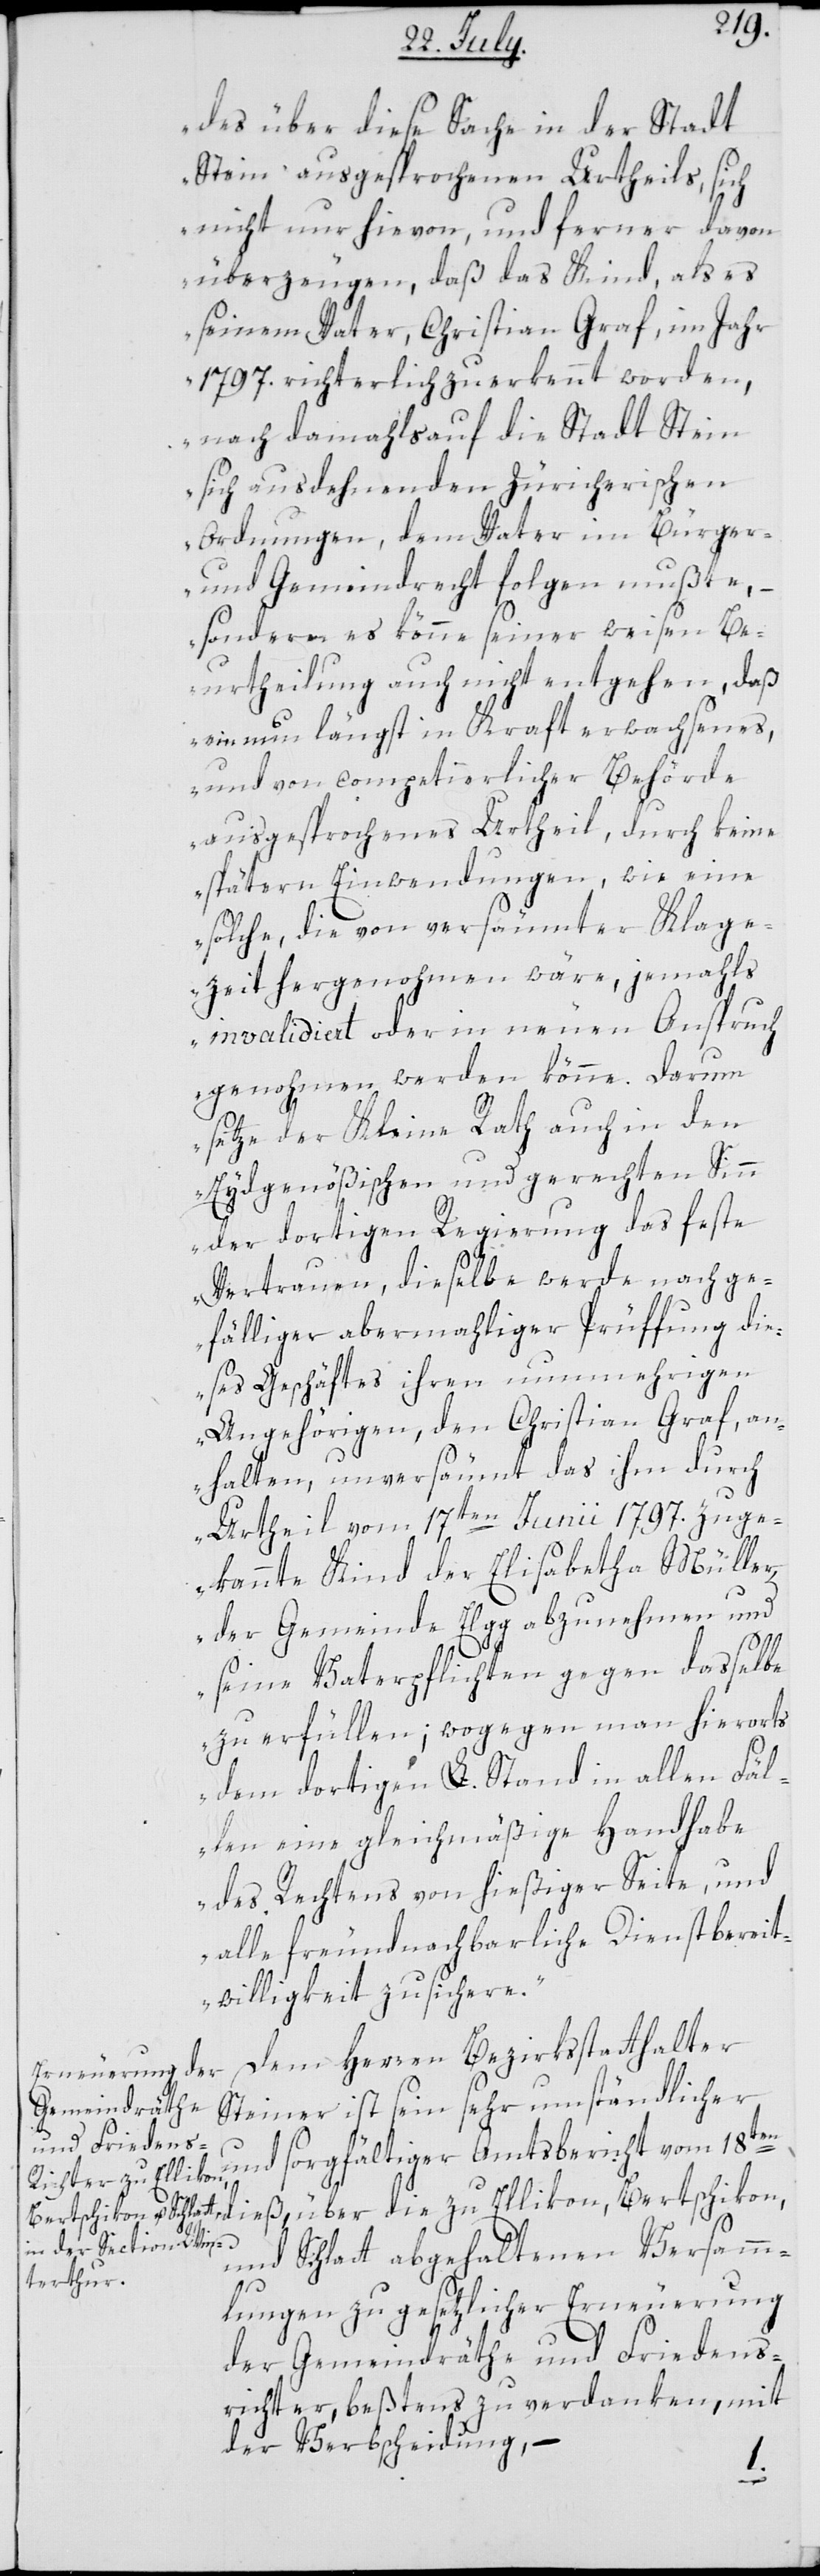
des über diese Sache in der Stadt
Stein ausgesprochenen Urtheils, sich
nicht nur hievon, und ferner davon
überzeugen, daß das Kind, als es
seinem Vater, Christian Graf, im Jahr
1797. richterlich zuerkennt worden,
nach damahls auf die Stadt Stein
sich ausdehnenden Zürcherischen
Ordnungen, dem Vater im Bürger-
und Gemeindrecht folgen mußte,
sondern es könne seiner weisen Be¬
urtheilung auch nicht entgehen, daß
ein nun längst in Kraft erwachsenes,
und von competierlicher Behörde
ausgesprochenes Urtheil, durch keine
spätern Einwendungen, wie eine
solche, die von versäumter Klage¬
zeit hergenohmen wäre, jemahls
invalidiert oder in neuen Anspruch
genohmen werden könne. Darum
setze der Kleine Rath auch in den
Eydgenößischen und gerechten Sinn
der dortigen Regierung das feste
Vertrauen, dieselbe werde nach ge¬
fälliger abermahliger Prüffung die¬
ses Geschäftes ihren nunmehrigen
Angehörigen, den Christian Graf, an¬
halten, unversäumt das ihm durch
Urtheil vom 17ten Junii 1797. zuge¬
kannte Kind der Elisabetha Mülle¬
r, der Gemeinde Elgg abzunehmen und
seine Vaterpflichten gegen dasselbe
zu erfüllen; wogegen man hierorts
dem dortigen L. Stand in allen Fäl¬
len eine gleichmäßige Handhabe
des Rechtens von hießiger Seite, und
alle freundnachbarliche Dienstbereit¬
willigkeit zusichere.“
Dem Herren Bezirksstatthalter
Steiner ist sein sehr umständlicher
und sorgfältiger Amtsbericht vom 18ten
dieß, über die zu Ellikon, Bertschikon
und Schlatt abgehaltenen Versamm¬
lungen zu gesetzlicher Erneuerung
der Gemeindräthe und Friedens¬
richter, beßtens zu verdanken, mit
der Verbscheidung, –